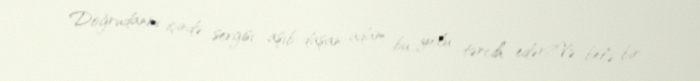
Doğrudanmı içində sevgisi aşıb-daşan adam bu yolu tərcih edər?Və belə bir